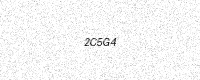
Text: 2C5G4